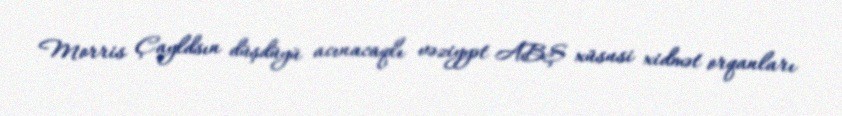
Morris Çayldsın düşdüyü acınacaqlı vəziyyət ABŞ xüsusi xidmət orqanları